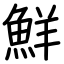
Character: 鮮